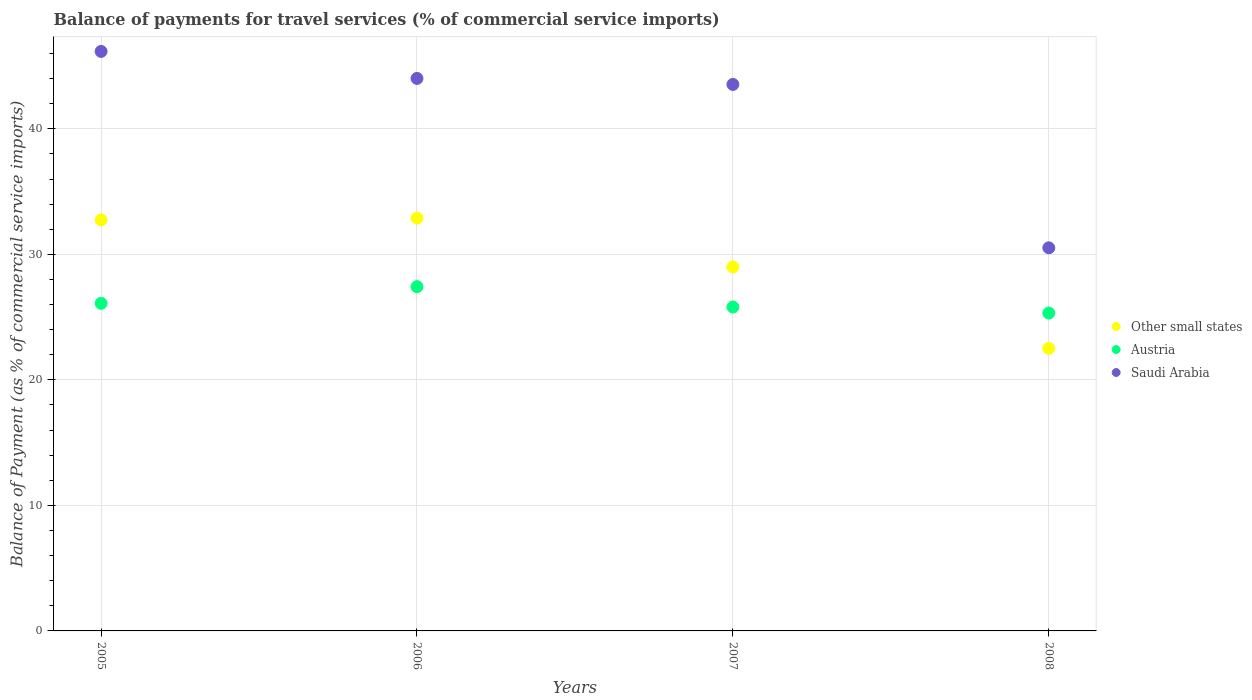
| Years | Other small states | Austria | Saudi Arabia |
 | --- | --- | --- | --- |
 | 2005 | 32.7 | 26.1 | 46.2 |
 | 2006 | 32.9 | 27.4 | 44 |
 | 2007 | 29 | 25.8 | 43.5 |
 | 2008 | 22.5 | 25.3 | 30.5 |